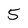
Character: 5